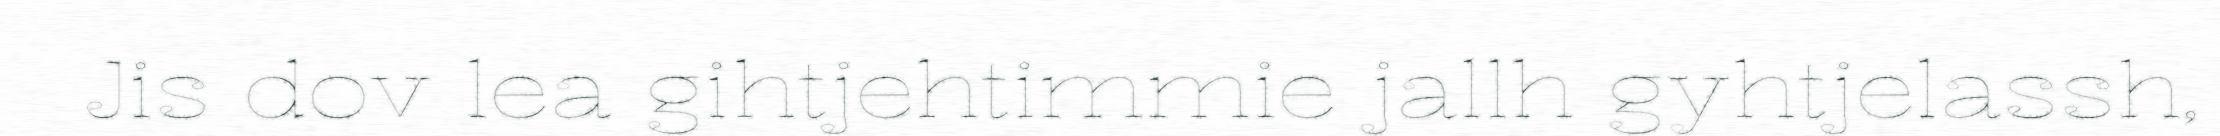
Jis dov lea gihtjehtimmie jallh gyhtjelassh,